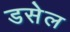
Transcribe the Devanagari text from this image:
डसेल